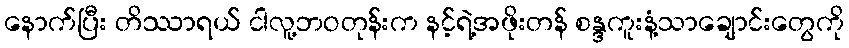
နောက်ပြီး တိဿာရယ် ငါလူ့ဘဝတုန်းက နင့်ရဲ့အဖိုးတန် စန္ဒကူးနံ့သာချောင်းတွေကို